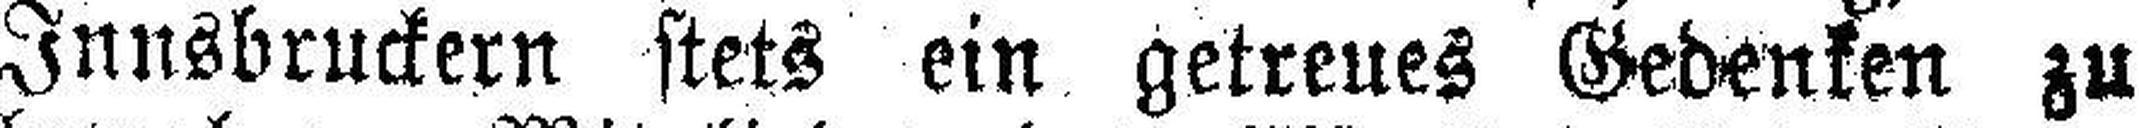
Innsbruckern stets ein getreues Gedenken zu